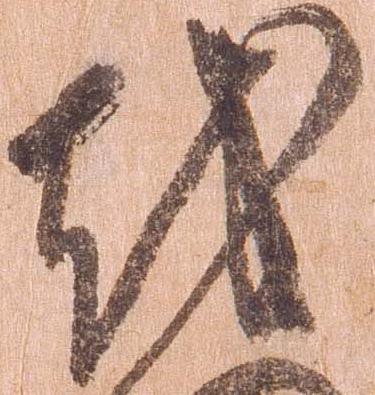
越